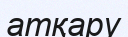
атқару